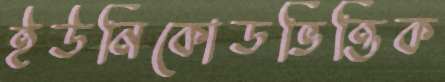
ইউনিকোডভিত্তিক